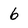
Character: 6